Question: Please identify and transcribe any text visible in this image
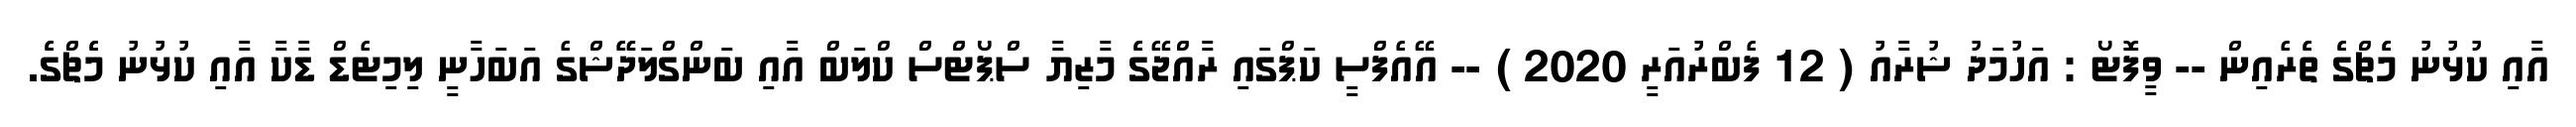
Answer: އާއި ކުޅުނު މެެޗްގެެ ތެެރެއިން -- ވީފޮޓޯ : އަހުމަދު ޝުރާއު ( 12 ފެބްރުއަރީ 2020 ) -- އޭއެފްސީ ކަޕްގައި ރާއްޖޭގެެ މާޒިޔާ ސްޕޯޓްސް ކްލަބް އާއި ބަންގްލަދޭޭޝްގެ އަބަހާނީ ލިމިޓެޑް ޑާކާ އާއި ކުޅުނު މެެޗްގެެ.